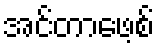
အင်တာဖေ့စ်